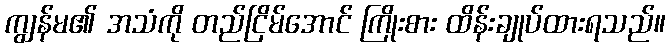
ကျွန်မ၏ အသံကို တည်ငြိမ်အောင် ကြိုးစား ထိန်းချုပ်ထားရသည်။